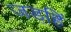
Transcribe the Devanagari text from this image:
जड॒हिं